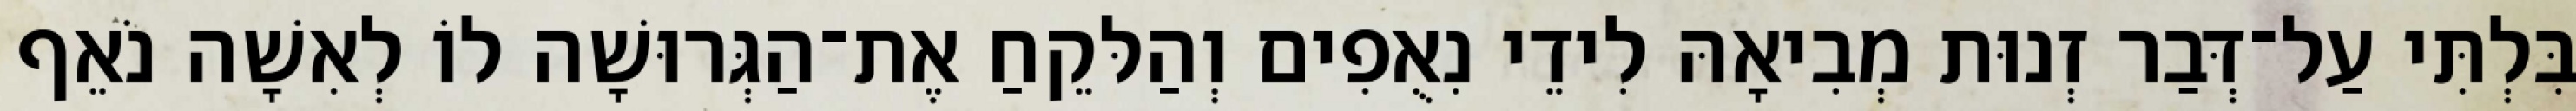
בִּלְתִּי עַל־דְּבַר זְנוּת מְבִיאָהּ לִידֵי נִאֻפִים וְהַלּקֵחַ אֶת־הַגְּרוּשָׁה לוֹ לְאִשָׁה נֹאֵף